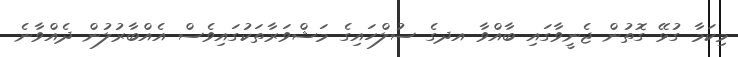
މިކަމާ ގުޅޭ ގޮތުން ޖެނީވާގައި ބާއްވާ އދގެ ސުލްހައިގެ މަޝްވަރާތަކުގައިވެސް އެއްބާރުލުން ދެއްވާނެ